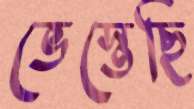
ভেস্তেছি